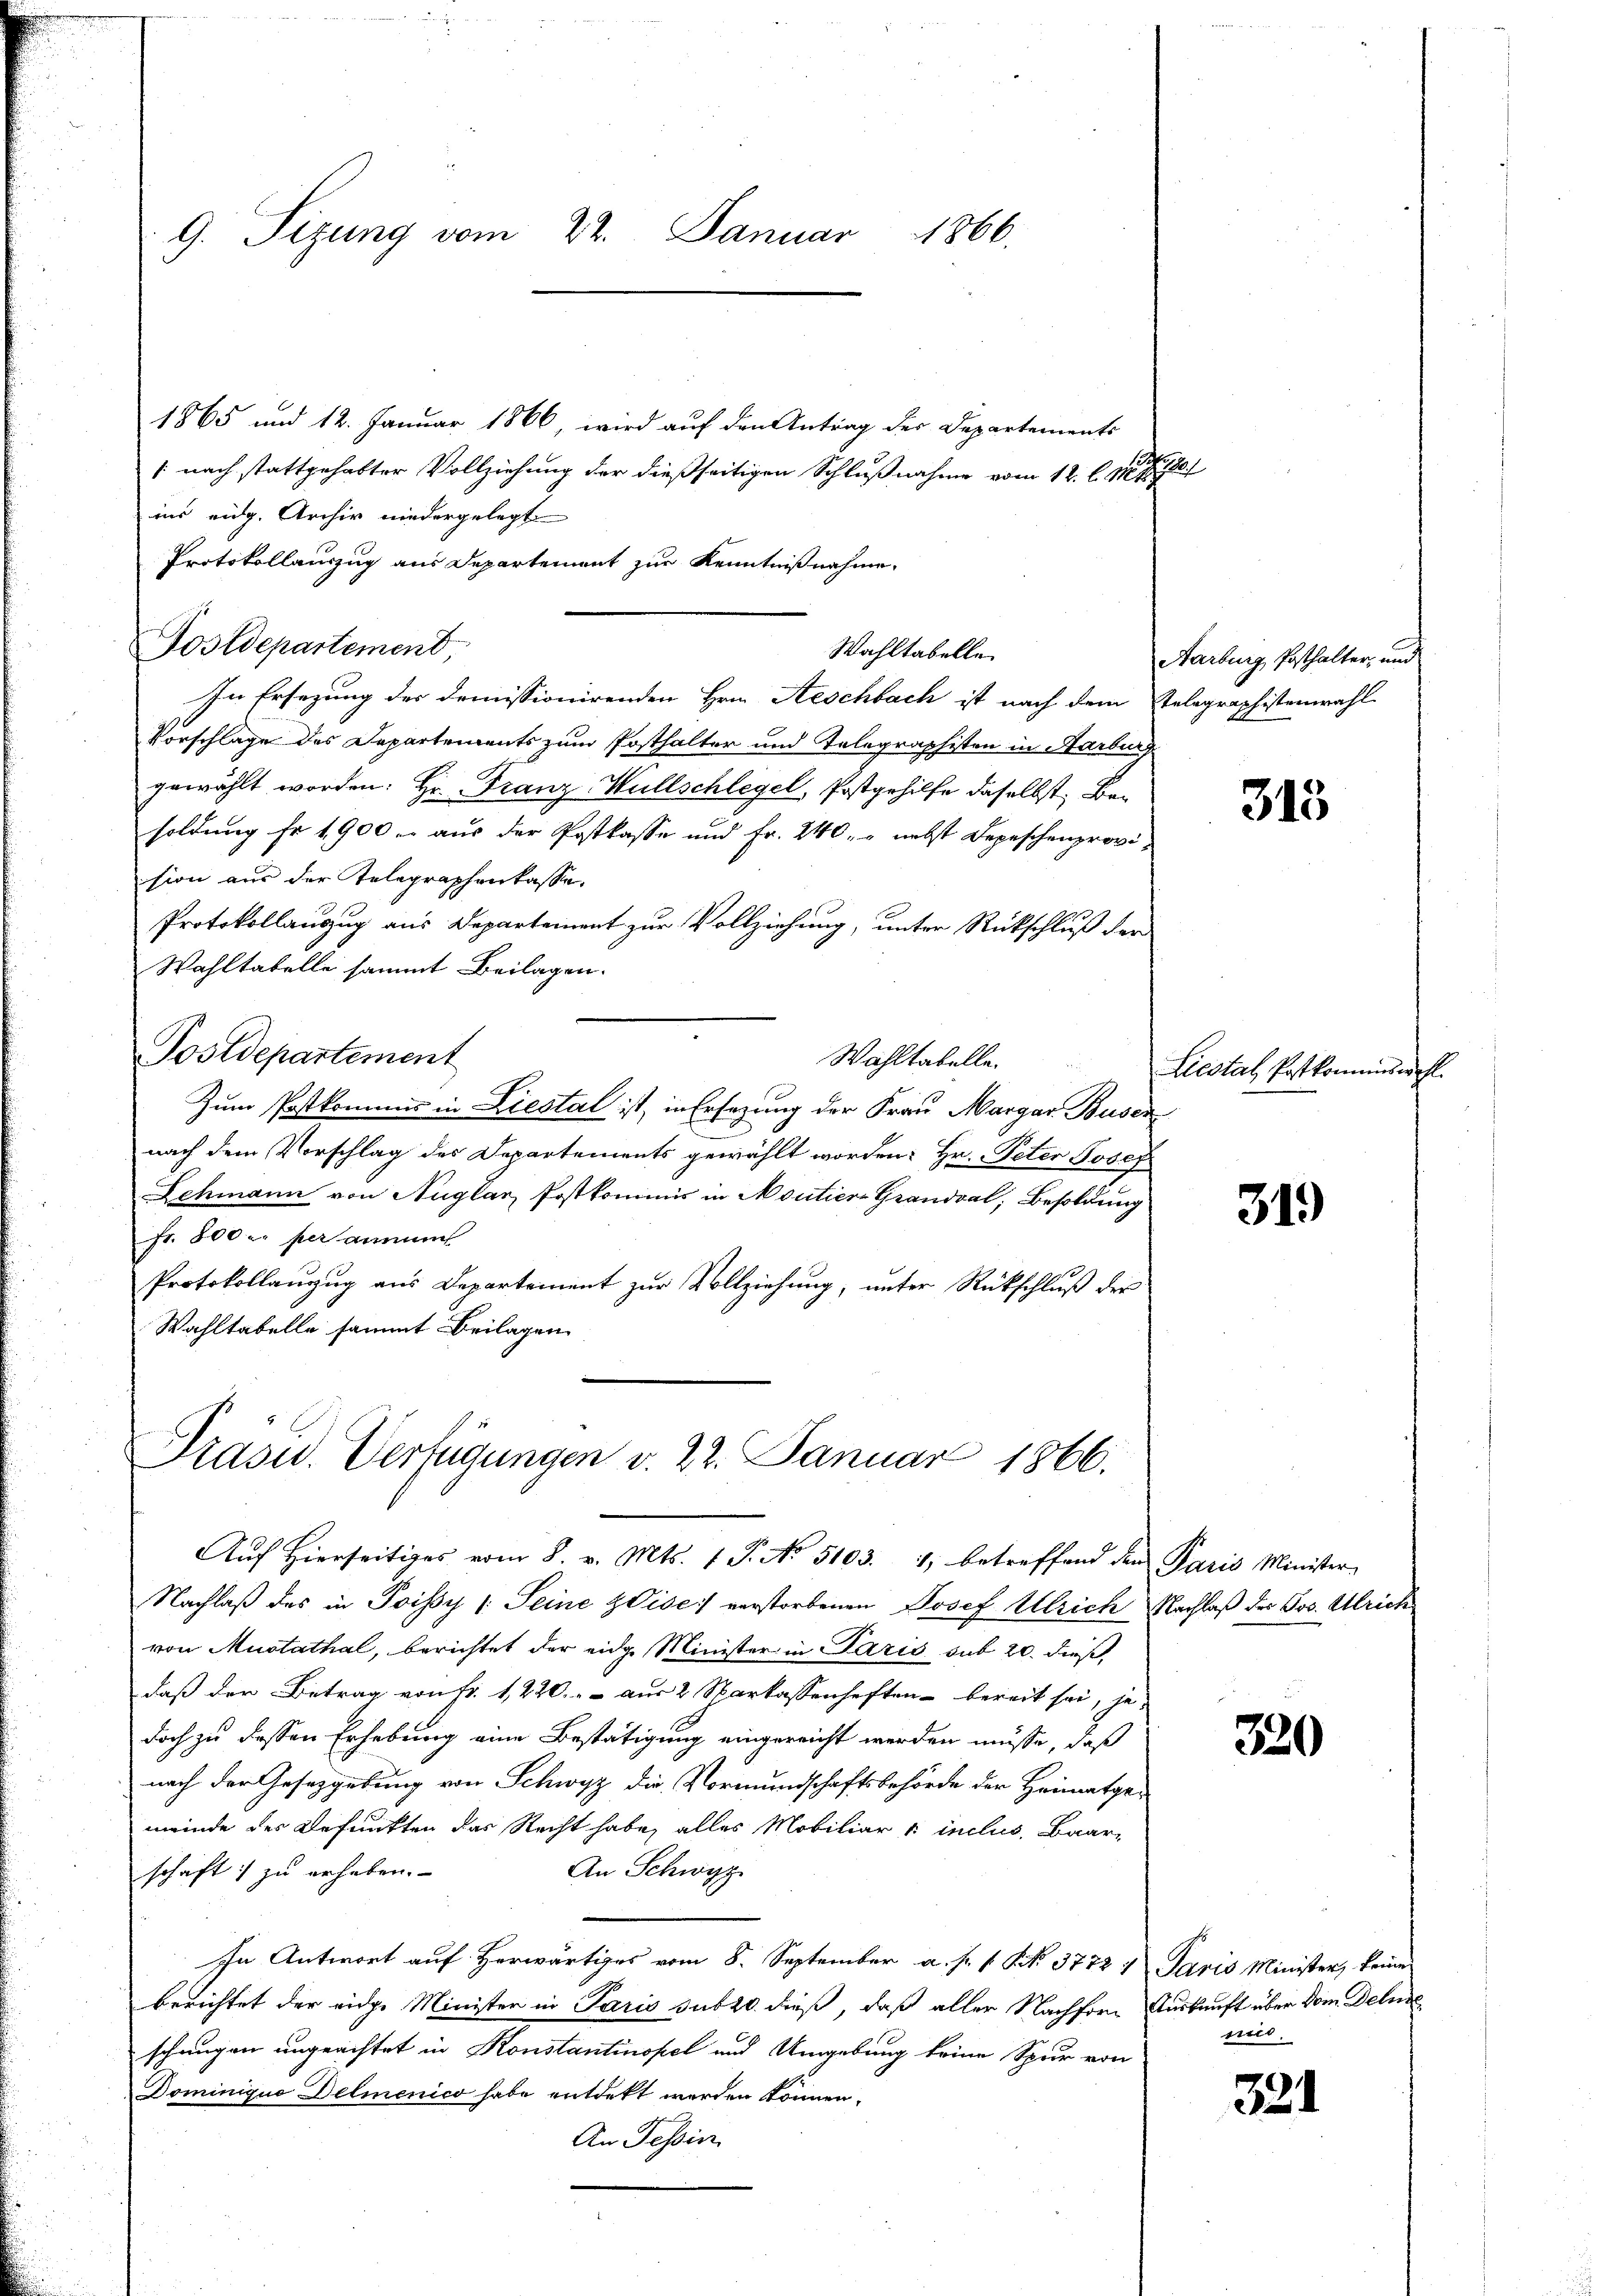
G. Sizung vom 22. Januar 1866.

Postdepartemend,

Wahltabelle.

Präsid. Verfügungen v. 22. Januar 1866.

1865 und 12. Januar 1866, wird auf den Antrag der Departements
/: nach stattgehabter Vollziehung der dießseitigen Schlußnahme vom 12. l. 11. 1910.
ins eidg. Archiv niedergelegt
Protokollauszug aus Departement zur Kenntnißnahme.
In Ersezung des dreissionirenden Hrn. Aeschbach ist nach dem Telegraphistenwahl
Vorschlage des Departements zum Posthalter und Telegraphisten in Aarburg
gewählt worden: Hr. Franz-Wüllschlegel, Postgehilfe daselbst Besoldung fr 1900 er aus der Postkasse und Fr. 240, nebst Depeschenprovision aus der Telegraphenkasse.
Protokollanzug aus Departement zur Vollziehung, unter Rückschluß der
Wahltabelle sammt Beilagen.
Postdepartement
Wahltabelle.
Zum Postkommis in Liestal ist, in Ersezung der Frau Margar Busen
nach dem Vorschlag des Departements gewählt worden: Hr. Peter Josef
Schmann von Nüglar, Postkommnis in Moutier-Grandval, Besoldung
Fr. 800 er per anme
Protokollanzŭg ans Departement zŭr Vollziehŭng ŭnter Rückschlŭβ der
Wahltabelle sammt Beilagen

Aŭf Hierseitiges vom 8. v. Mts. 1 P. No. 5103. 1, betreffend den Paris Minister
Nachlaß des in Poissy (: Seine Vise verstorbenen Josef Ulrich Nachlaß der Jos. Ulrich
von Mustathal, berichtet der eidg. Minister in Paris sub 20. dieß
daß der Betrag von Fr. 1, 220. - - aus 2 Sparkassenheften bereit sei, je-
doch zu dessen Erhebung eine Bestätigung eingereicht werden müsse, daß
nach der Gesetzgebung von Schwyz die Vormundschaftsbehörde der Heimatge-
meinde der Befunkten das Recht habe, alles Mobiliar & inclus, Baar¬
An Schwyz
schaft zu erheben.
In Antwort auf Herwärtiges vom 8. September a. s. f. No. 3772 u Paris Minister, keine
berichtet der eidge Minister in Paris sub 20. dieß, daß aller Nachfor Auskunft über vom Deli
schangen ungeachtet in Konstantinopel und Umgebung keine Spur von
Dominiquo Delmenico habe entdekt werden können,
An Tessin.

Aarburg, Posthalter, und

313

Liestal Patkommiswahl.

31.

320

sius.

321